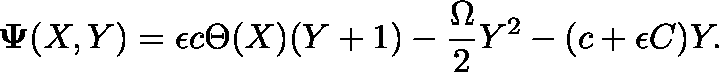
\mathbf { \Psi } ( X , Y ) = \epsilon c \Theta ( X ) ( Y + 1 ) - \frac { \Omega } { 2 } Y ^ { 2 } - ( c + \epsilon C ) Y .